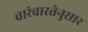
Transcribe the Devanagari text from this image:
वारंवारतेनुसार